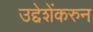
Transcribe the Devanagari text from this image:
उद्देशेंकरुन